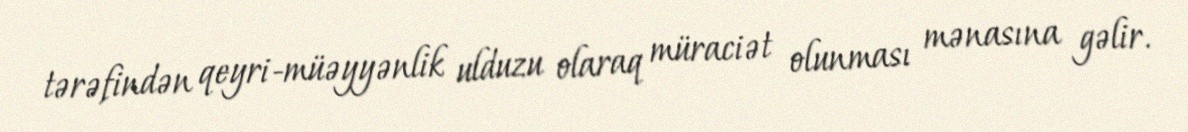
tərəfindən qeyri-müəyyənlik ulduzu olaraq müraciət olunması mənasına gəlir.